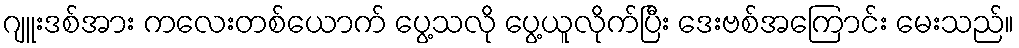
ဂျူးဒစ်အား ကလေးတစ်ယောက် ပွေ့သလို ပွေ့ယူလိုက်ပြီး ဒေးဗစ်အကြောင်း မေးသည်။